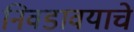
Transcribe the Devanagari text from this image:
निवडावयाचे